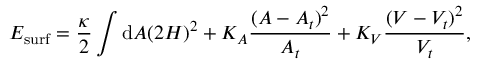
E _ { \mathrm { s u r f } } = \frac { \kappa } { 2 } \int \mathrm { d } A ( 2 H ) ^ { 2 } + K _ { A } \frac { ( A - A _ { t } ) ^ { 2 } } { A _ { t } } + K _ { V } \frac { ( V - V _ { t } ) ^ { 2 } } { V _ { t } } ,